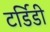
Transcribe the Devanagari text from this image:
टर्डिडी